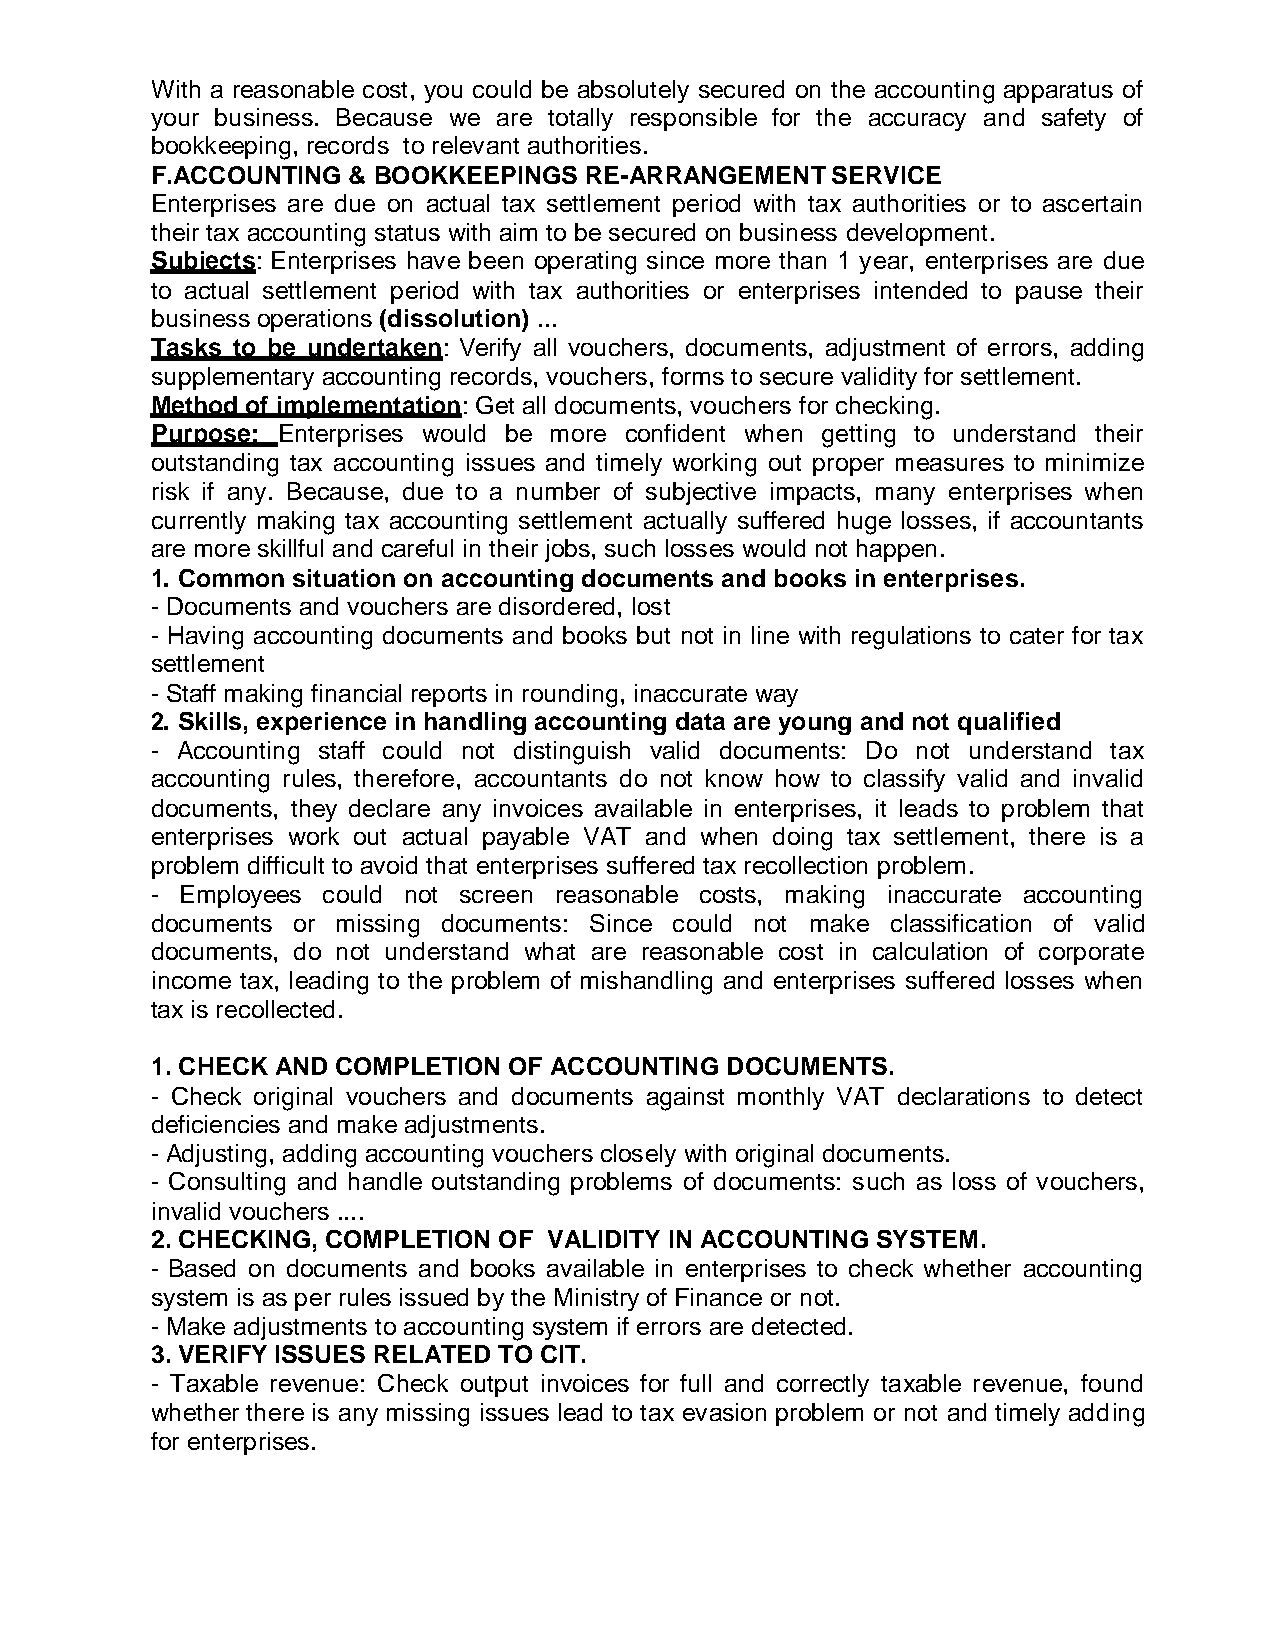
With a reasonable cost, you could be absolutely secured on the accounting apparatus of
 your business. Because we are totally responsible for the accuracy and safety of
 bookkeeping, records to relevant authorities.
 F.ACCOUNTING & BOOKKEEPINGS  RE-ARRANGEMENT  SERVICE
 Enterprises are due on actual tax settlement period with tax authorities or to ascertain
 their tax accounting status with aim to be secured on business development.
 Subjects: Enterprises have been operating since more than 1 year, enterprises are due
 to actual settlement period with tax authorities or enterprises intended to pause their
 business operations (dissolution) ...
 Tasks to be undertaken: Verify all vouchers, documents, adjustment of errors, adding
 supplementary accounting records, vouchers, forms to secure validity for settlement.
 Method of implementation: Get all documents, vouchers for checking.
 Purpose: Enterprises would be more confident when getting to understand their
 outstanding tax accounting issues and timely working out proper measures to minimize
 risk if any. Because, due to a number of subjective impacts, many enterprises when
 currently making tax accounting settlement actually suffered huge losses, if accountants
 are more skillful and careful in their jobs, such losses would not happen.
 1. Common situation on accounting documents and books in enterprises.
 - Documents and vouchers are disordered, lost
 - Having accounting documents and books but not in line with regulations to cater for tax
 settlement
 - Staff making financial reports in rounding, inaccurate way
 2. Skills, experience in handling accounting data are young and not qualified
 - Accounting staff could not distinguish valid documents: Do not understand tax
 accounting rules, therefore, accountants do not know how to classify valid and invalid
 documents, they declare any invoices available in enterprises, it leads to problem that
 enterprises work out actual payable VAT and when doing tax settlement, there is a
 problem difficult to avoid that enterprises suffered tax recollection problem.
 - Employees could not screen reasonable costs, making inaccurate accounting
 documents or missing documents: Since could not make classification of valid
 documents, do not understand what are reasonable cost in calculation of corporate
 income tax, leading to the problem of mishandling and enterprises suffered losses when
 tax is recollected.
 1. CHECK AND COMPLETION OF ACCOUNTING DOCUMENTS.
 - Check original vouchers and documents against monthly VAT declarations to detect
 deficiencies and make adjustments.
 - Adjusting, adding accounting vouchers closely with original documents.
 - Consulting and handle outstanding problems of documents: such as loss of vouchers,
 invalid vouchers ....
 2. CHECKING, COMPLETION OF VALIDITY IN ACCOUNTING SYSTEM.
 - Based on documents and books available in enterprises to check whether accounting
 system is as per rules issued by the Ministry of Finance or not.
 - Make adjustments to accounting system if errors are detected.
 3. VERIFY ISSUES RELATED TO CIT.
 - Taxable revenue: Check output invoices for full and correctly taxable revenue, found
 whether there is any missing issues lead to tax evasion problem or not and timely adding
 for enterprises.